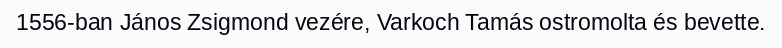
1556-ban János Zsigmond vezére, Varkoch Tamás ostromolta és bevette.